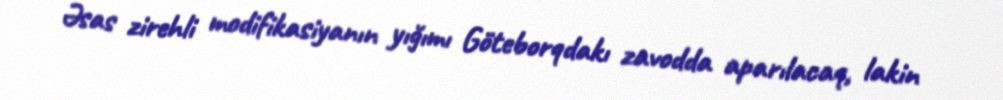
Əsas zirehli modifikasiyanın yığımı Göteborqdakı zavodda aparılacaq, lakin